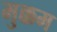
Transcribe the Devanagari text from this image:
मुक्कम